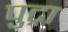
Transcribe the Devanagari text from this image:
पुट्रा